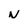
Character: N